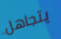
يتجاهل